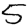
Digit: 5